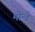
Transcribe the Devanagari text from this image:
मोन्डे